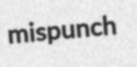
mispunch